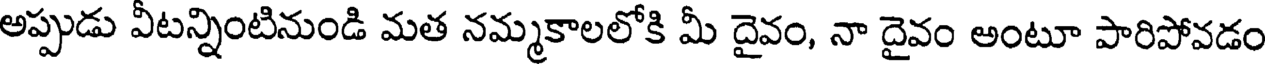
అప్పుడు వీటన్నింటినుండి మత నమ్మకాలలోకి మీ దైవం, నా దైవం అంటూ పారిపోవడం